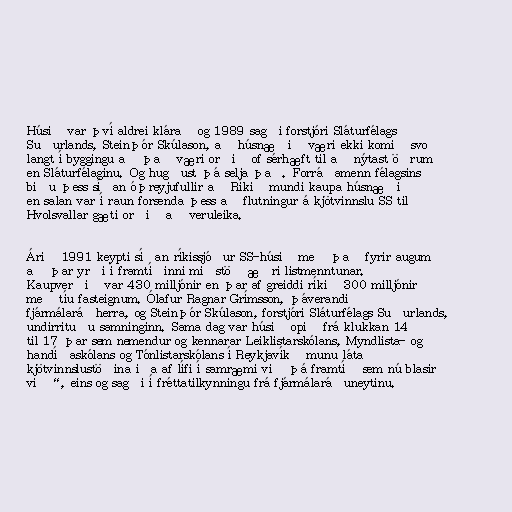
Húsið var því aldrei klárað og 1989 sagði forstjóri Sláturfélags
Suðurlands, Steinþór Skúlason, að húsnæðið væri ekki komið svo
langt í byggingu að það væri orðið of sérhæft til að nýtast öðrum
en Sláturfélaginu. Og hugðust þá selja það. Forráðamenn félagsins
biðu þess síðan óþreyjufullir að Ríkið mundi kaupa húsnæðið
en salan var í raun forsenda þess að flutningur á kjötvinnslu SS til
Hvolsvallar gæti orðið að veruleika.

Árið 1991 keypti síðan ríkissjóður SS-húsið með það fyrir augum
að þar yrði í framtíðinni miðstöð æðri listmenntunar.
Kaupverðið var 430 milljónir en þar af greiddi ríkið 300 milljónir
með tíu fasteignum. Ólafur Ragnar Grímsson, þáverandi
fjármálaráðherra, og Steinþór Skúlason, forstjóri Sláturfélags Suðurlands,
undirrituðu samninginn. Sama dag var húsið opið frá klukkan 14
til 17 þar sem nemendur og kennarar Leiklistarskólans, Myndlista- og
handíðaskólans og Tónlistarskólans í Reykjavík „munu láta
kjötvinnslustöðina iða af lífi í samræmi við þá framtíð sem nú blasir
við“, eins og sagði í fréttatilkynningu frá fjármálaráðuneytinu.